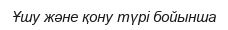
Ұшу және қону түрі бойынша